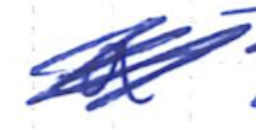
Text: a
Cross-out: mix
Writing tool: ballpoint